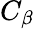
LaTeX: C_{\beta}